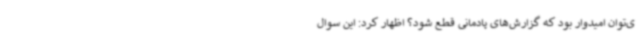
ی‌توان امیدوار بود که گزارش‌های پادمانی قطع شود؟ اظهار کرد: این سوال